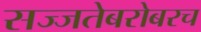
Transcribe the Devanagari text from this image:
सज्जतेबरोबरच